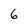
Character: 6